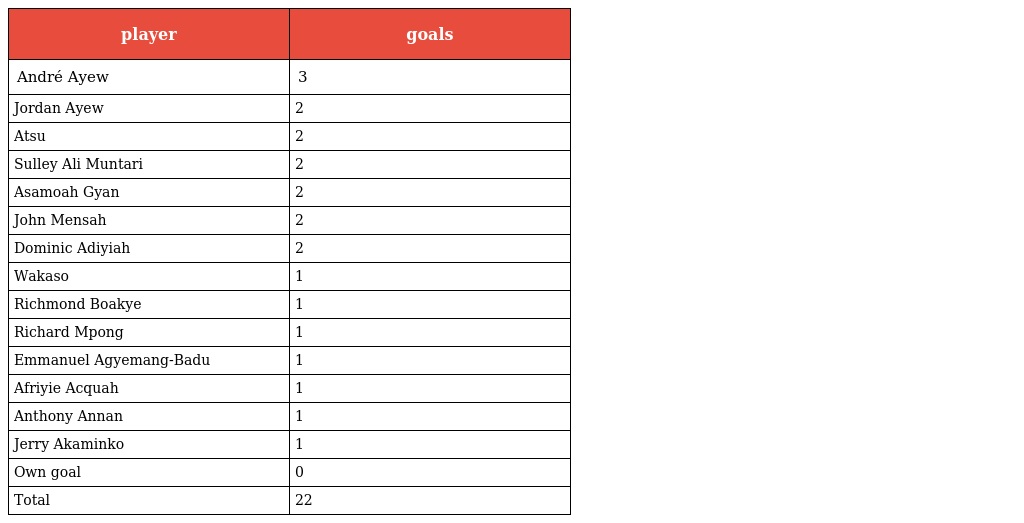
| player | goals |
 | --- | --- |
 | André Ayew | 3 |
 | Jordan Ayew | 2 |
 | Atsu | 2 |
 | Sulley Ali Muntari | 2 |
 | Asamoah Gyan | 2 |
 | John Mensah | 2 |
 | Dominic Adiyiah | 2 |
 | Wakaso | 1 |
 | Richmond Boakye | 1 |
 | Richard Mpong | 1 |
 | Emmanuel Agyemang-Badu | 1 |
 | Afriyie Acquah | 1 |
 | Anthony Annan | 1 |
 | Jerry Akaminko | 1 |
 | Own goal | 0 |
 | Total | 22 |